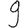
Digit: 9